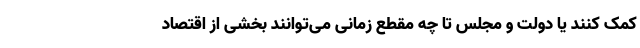
کمک کنند یا دولت و مجلس تا چه مقطع زمانی می‌توانند بخشی از اقتصاد